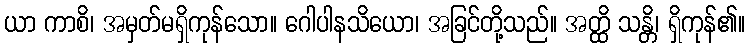
ယာ ကာစိ၊ အမှတ်မရှိကုန်သော။ ဂေါပါနသိယော၊ အခြင်တို့သည်။ အတ္ထိ သန္တိ၊ ရှိကုန်၏။